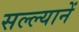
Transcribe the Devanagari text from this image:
सल्ल्यानें